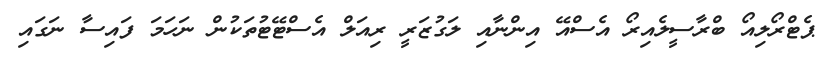
ޕެޓްރޯލިއޯ ބްރާސީލެއިރޯ އެސްއޭ އިންނާއި ލަގުޒަރީ ރިއަލް އެސްޓޭޓުތަކުން ނަހަމަ ފައިސާ ނަގައި